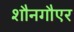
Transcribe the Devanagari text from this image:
शौनगौएर